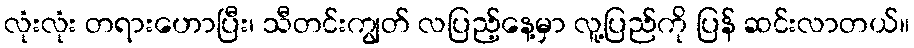
လုံးလုံး တရားဟောပြီး၊ သီတင်းကျွတ် လပြည့်နေ့မှာ လူ့ပြည်ကို ပြန် ဆင်းလာတယ်။